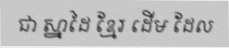
ជា ស្នាដៃ ខ្មែរ ដើម ដែល